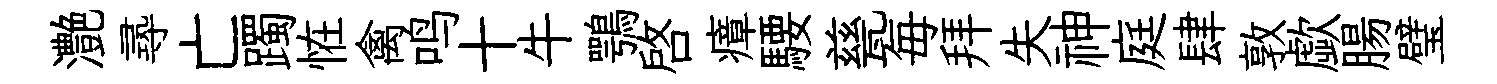
灔𡬶亡躅恠禽鸣十牛鶚啓瘴騕甆毎拜失神庭肆敦歔腸璧